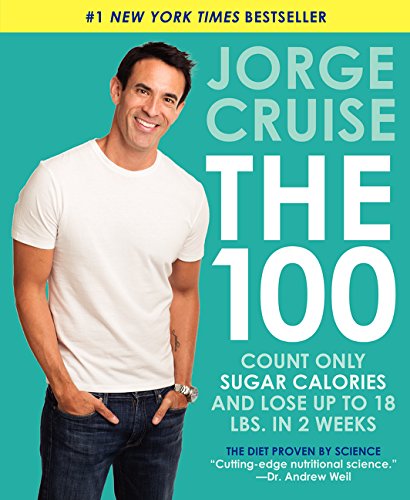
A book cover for The 100: Count ONLY Sugar Calories and Lose Up to 18 Lbs. in 2 Weeks; Jorge Cruise; Cookbooks, Food & Wine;